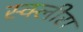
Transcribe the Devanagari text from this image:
स्क्लीरा